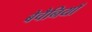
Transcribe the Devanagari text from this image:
बेचैनियाँ